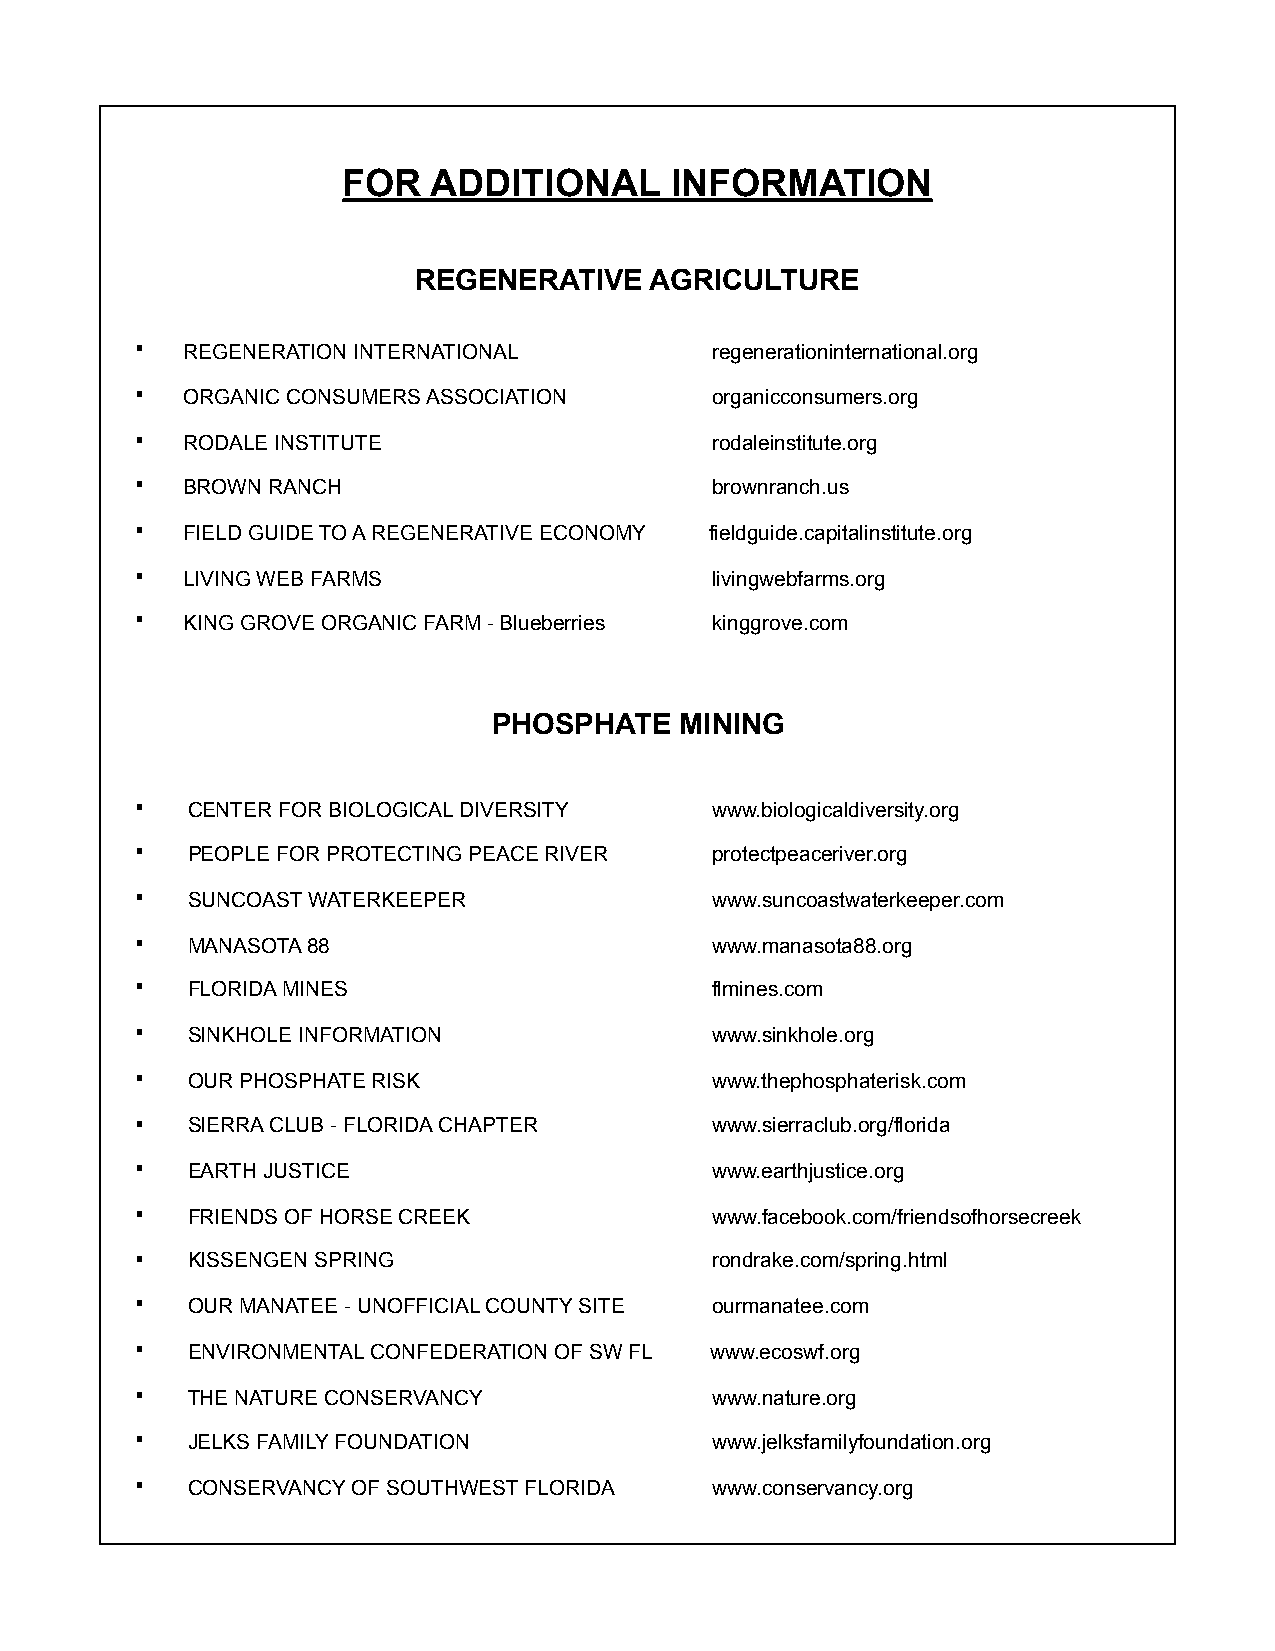
FOR  ADDITIONAL      INFORMATION
 REGENERATIVE    AGRICULTURE
 ▪  REGENERATION INTERNATIONAL         regenerationinternational.org
 ▪  ORGANIC CONSUMERS ASSOCIATION      organicconsumers.org
 ▪  RODALE INSTITUTE                   rodaleinstitute.org
 ▪  BROWN RANCH                        brownranch.us
 ▪  FIELD GUIDE TO A REGENERATIVE ECONOMY fieldguide.capitalinstitute.org
 ▪  LIVING WEB FARMS                   livingwebfarms.org
 ▪  KING GROVE ORGANIC FARM - Blueberries kinggrove.com
 PHOSPHATE   MINING
 ▪  CENTER FOR BIOLOGICAL DIVERSITY    www.biologicaldiversity.org
 ▪  PEOPLE FOR PROTECTING PEACE RIVER  protectpeaceriver.org
 ▪  SUNCOAST WATERKEEPER               www.suncoastwaterkeeper.com
 ▪  MANASOTA 88                        www.manasota88.org
 ▪  FLORIDA MINES                      flmines.com
 ▪  SINKHOLE INFORMATION               www.sinkhole.org
 ▪  OUR PHOSPHATE RISK                 www.thephosphaterisk.com
 ▪  SIERRA CLUB - FLORIDA CHAPTER      www.sierraclub.org/florida
 ▪  EARTH JUSTICE                      www.earthjustice.org
 ▪  FRIENDS OF HORSE CREEK             www.facebook.com/friendsofhorsecreek
 ▪  KISSENGEN SPRING                   rondrake.com/spring.html
 ▪  OUR MANATEE - UNOFFICIAL COUNTY SITE ourmanatee.com
 ▪  ENVIRONMENTAL CONFEDERATION OF SW FL www.ecoswf.org
 ▪  THE NATURE CONSERVANCY             www.nature.org
 ▪  JELKS FAMILY FOUNDATION            www.jelksfamilyfoundation.org
 ▪  CONSERVANCY OF SOUTHWEST FLORIDA   www.conservancy.org